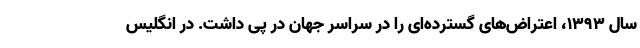
سال ۱۳۹۳، اعتراض‌های گسترده‌ای را در سراسر جهان در پی داشت. در انگلیس